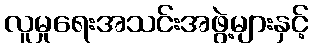
လူမှုရေးအသင်းအဖွဲ့များနှင့်